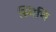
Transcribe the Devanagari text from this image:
स्मिथि